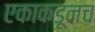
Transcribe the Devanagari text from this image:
एकाकडूनच